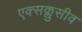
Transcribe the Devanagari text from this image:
एक्सक्लुसीव